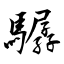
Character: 驏